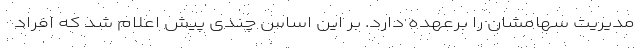
مدیریت سهامشان را برعهده دارد. بر این اساس چندی پیش اعلام شد که افراد